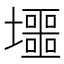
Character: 𡓐